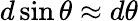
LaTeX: d\sin\theta\approx d\theta